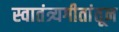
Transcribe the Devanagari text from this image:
स्वातंत्र्यगीतांतून